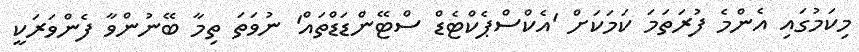
މިކަމުގައި އެންމެ ފުރަތަމަ ކަމަކަށް 'އެކްސްޕެކްޓެޑް ސްޓޭންޑަޑްތައް' ނުވަތަ ތިމާ ބޭނުންވާ ފެންވަރަކީ